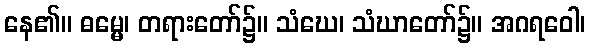
နေ၏။ ဓမ္မေ၊ တရားတော်၌။ သံဃေ၊ သံဃာတော်၌။ အဂရဝေါ၊